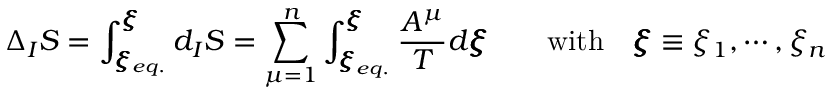
\Delta _ { I } S = \int _ { \pmb { \xi } _ { e q . } } ^ { \pmb \xi } d _ { I } S = \sum _ { \mu = 1 } ^ { n } \int _ { { { \pmb \xi } _ { e q . } } } ^ { \pmb \xi } \frac { A ^ { \mu } } { T } d { \pmb \xi } \qquad \mathrm { w i t h } \quad { \pmb \xi } \equiv \xi _ { 1 } , \cdots , \xi _ { n }